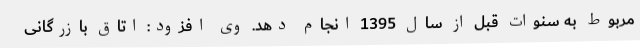
مربوط به سنوات قبل از سال 1395 انجام دهد. وی افزود: اتاق بازرگانی